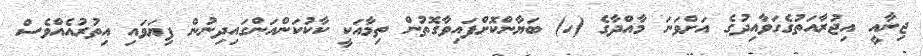
ޖިނާއީ އިޖުރާއަތުގެގަވާއިދުގެ އަށްވަނަ މާއްދާގެ (ހ) ބަޔާންކޮށްފައިވާގޮތުން ތިމާއަކީ ކާކުކަންއަންގައިދިނުން ފިޔަވައި އިތުރުއެއްވެސް